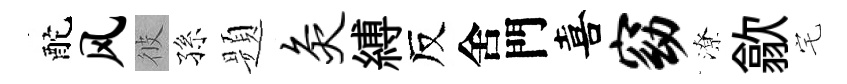
酡风彼孫题灸縛反舍門喜窈潦歙宅